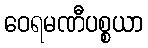
ဝေရမဏီပစ္စယာ